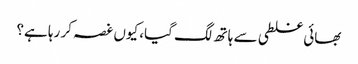
بھائی غلطی سے ہاتھ لگ گیا، کیوں غصہ کر رہا ہے؟